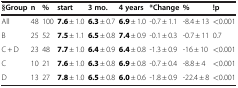
<table><thead><tr><td><b>§Group</b></td><td><b>n</b></td><td><b>%</b></td><td><b>start</b></td><td><b>3 mo.</b></td><td><b>4 years</b></td><td><b>*Change</b></td><td><b>%</b></td><td><b>!p</b></td></tr></thead><tbody><tr><td>All</td><td>48</td><td>100</td><td><b>7.6</b> ± 1.0</td><td><b>6.3</b> ± 0.7</td><td><b>6.9</b> ± 1.0</td><td>-0.7 ± 1.1</td><td>-8.4 ± 13</td><td>&lt;0.001</td></tr><tr><td>B</td><td>25</td><td>52</td><td><b>7.5</b> ± 1.1</td><td><b>6.5</b> ± 0.8</td><td><b>7.4</b> ± 0.9</td><td>-0.1 ± 0.3</td><td>-0.7 ± 11</td><td>0.7</td></tr><tr><td>C + D</td><td>23</td><td>48</td><td><b>7.7</b> ± 1.0</td><td><b>6.4</b> ± 0.9</td><td><b>6.4</b> ± 0.8</td><td>-1.3 ± 0.9</td><td>-16 ± 10</td><td>&lt;0.001</td></tr><tr><td>C</td><td>10</td><td>21</td><td><b>7.6</b> ± 1.0</td><td><b>6.3</b> ± 0.8</td><td><b>6.9</b> ± 0.8</td><td>-0.7 ± 0.4</td><td>-8.8 ± 4</td><td>&lt;0.001</td></tr><tr><td>D</td><td>13</td><td>27</td><td><b>7.8</b> ± 1.0</td><td><b>6.5</b> ± 0.8</td><td><b>6.0</b> ± 0.6</td><td>-1.8 ± 0.9</td><td>-22.4 ± 8</td><td>&lt;0.001</td></tr></tbody></table>